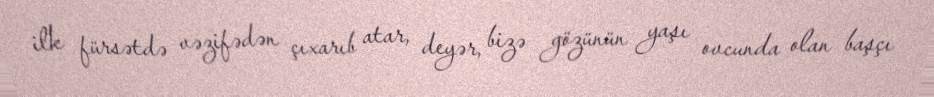
ilk fürsətdə vəzifədən çıxarıb atar, deyər, bizə gözünün yaşı ovcunda olan başçı